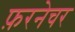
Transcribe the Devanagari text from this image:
फ़रनेचर